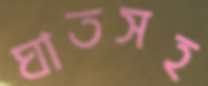
ঘাতসহ